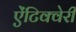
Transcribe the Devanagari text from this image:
ऐंटिक्वेरी